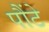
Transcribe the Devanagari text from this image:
पौंटे